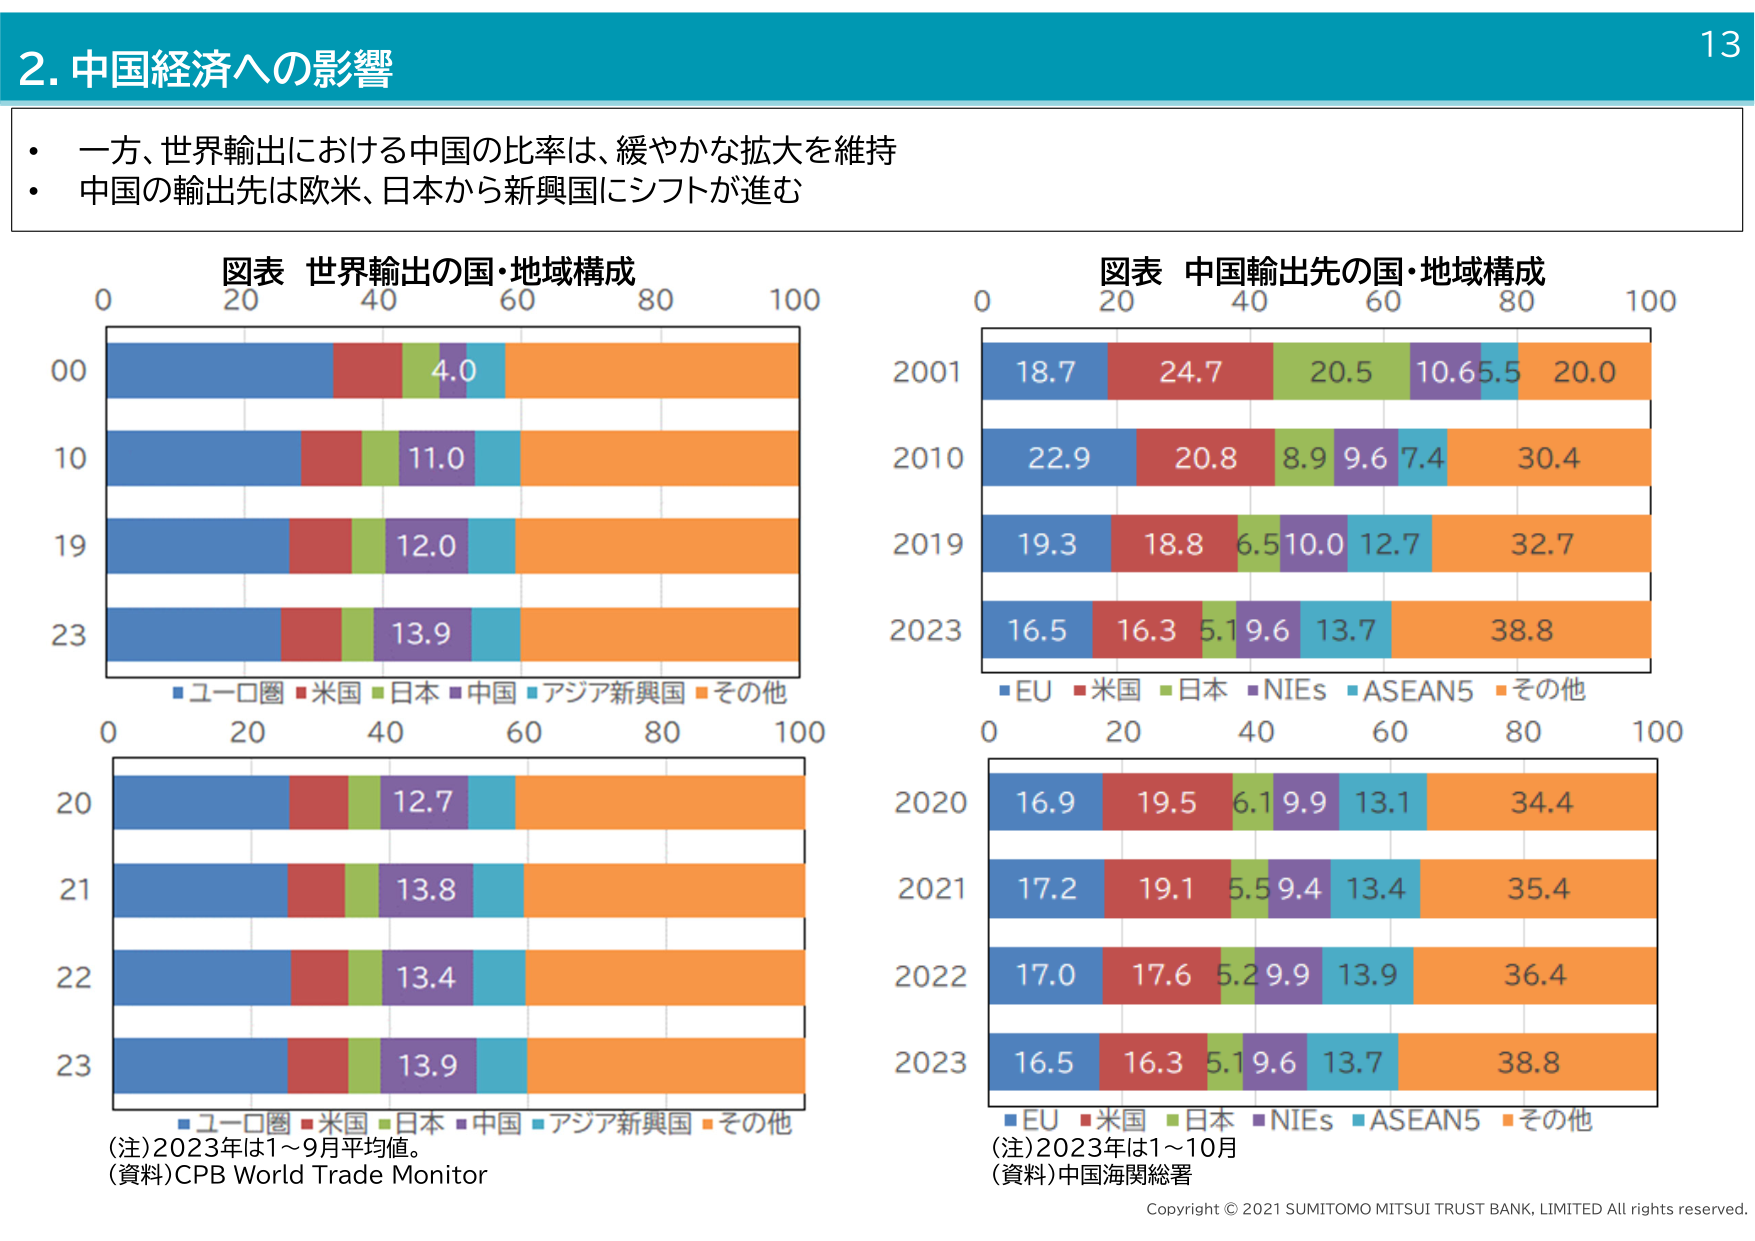
2. 中国経済への影響

・一方、世界輸出における中国の比率は、緩やかな拡大を維持
・中国の輸出先は欧米、日本から新興国にシフトが進む

図表 世界輸出の国・地域構成
0 20 40 60 80 100
00
10
19
23
4.0
11.0
12.0
13.9
■ユーロ圏 ■米国 ■日本 ■中国 ■アジア新興国 ■その他
0 20 40 60 80 100
20
21
22
23
12.7
13.8
13.4
13.9
■ユーロ圏 ■米国 ■日本 ■中国 ■アジア新興国 ■その他
(注)2023年は1～9月平均値。
(資料)CPB World Trade Monitor

図表 中国輸出先の国・地域構成
0 20 40 60 80 100
2001
2010
2019
2023
18.7 24.7 20.5 10.6 5.5 20.0
22.9 20.8 8.9 9.6 7.4 30.4
19.3 18.8 6.5 10.0 12.7 32.7
16.5 16.3 5.1 9.6 13.7 38.8
■EU ■米国 ■日本 ■NIEs ■ASEAN5 ■その他
0 20 40 60 80 100
2020
2021
2022
2023
16.9 19.5 6.1 9.9 13.1 34.4
17.2 19.1 5.5 9.4 13.4 35.4
17.0 17.6 5.2 9.9 13.9 36.4
16.5 16.3 5.1 9.6 13.7 38.8
■EU ■米国 ■日本 ■NIEs ■ASEAN5 ■その他
(注)2023年は1～10月
(資料)中国海関総署

Copyright © 2021 SUMITOMO MITSUI TRUST BANK, LIMITED All rights reserved.
13